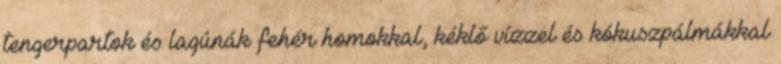
tengerpartok és lagúnák fehér homokkal, kéklő vízzel és kókuszpálmákkal